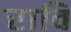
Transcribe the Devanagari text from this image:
रावि